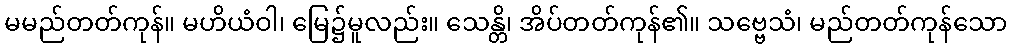
မမည်တတ်ကုန်။ မဟိယံဝါ၊ မြေ၌မူလည်း။ သေန္တိ၊ အိပ်တတ်ကုန်၏။ သဗ္ဗေသံ၊ မည်တတ်ကုန်သော